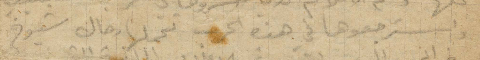
استرجعوها في هذه الحرب تحملها رجال شيوخ